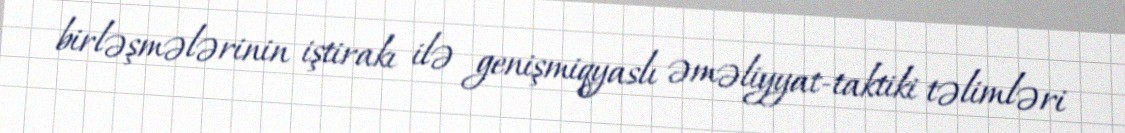
birləşmələrinin iştirakı ilə genişmiqyaslı əməliyyat-taktiki təlimləri